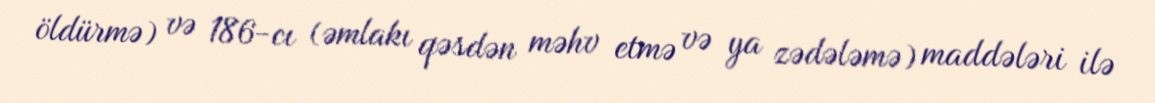
öldürmə) və 186-cı (əmlakı qəsdən məhv etmə və ya zədələmə) maddələri ilə